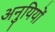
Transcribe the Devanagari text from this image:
अनुयियों